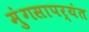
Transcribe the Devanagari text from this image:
मुंगसापर्यंत